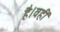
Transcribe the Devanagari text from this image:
है।वहीं